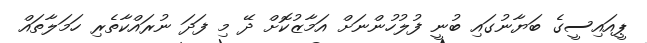
ޕީއައިސީގެ ބަޔާނުގައި ބުނީ ފުލުހުންނަށް އަމާޒުކޮށް ދޭ މި ފަދަ ނުރައްކާތެރި ހަމަލާތައް